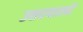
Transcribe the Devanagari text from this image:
उत्तरवालों